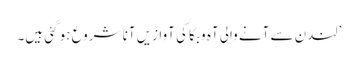
’لندن سے آنے والی آہ و بکا کی آوازیں آنا شروع ہو گئی ہیں۔